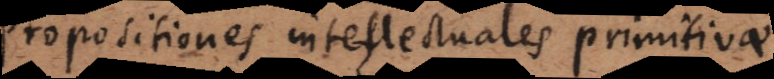
Propositiones intellectuales primitivae